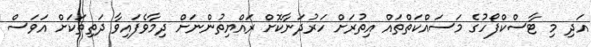
އަދި މި ޓާސްކްފޯހުގެ މަސައްކަތްތައް އިތުރަށް ހަރުދަނާކޮށް ރައްޔިތުންނަށް ދިމާވެފައިވާ ދަތިތަކަށް އަވަސް